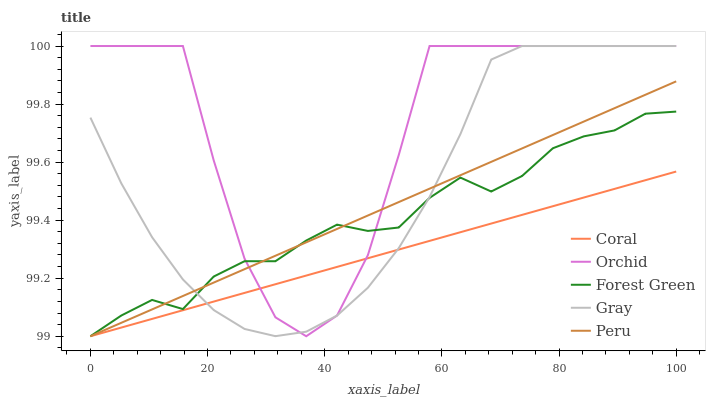
| xaxis_label | Coral | Orchid | Forest Green | Gray | Peru |
 | --- | --- | --- | --- | --- | --- |
 | 0 | 99 | 100 | 99 | 99.8 | 99 |
 | 5.26 | 99 | 100 | 99.1 | 99.5 | 99 |
 | 10.5 | 99.1 | 100 | 99.1 | 99.3 | 99.1 |
 | 15.8 | 99.1 | 100 | 99.1 | 99.2 | 99.1 |
 | 21.1 | 99.1 | 99.6 | 99.2 | 99.1 | 99.2 |
 | 26.3 | 99.1 | 99.3 | 99.3 | 99 | 99.2 |
 | 31.6 | 99.2 | 99.1 | 99.3 | 99 | 99.3 |
 | 36.8 | 99.2 | 99 | 99.3 | 99 | 99.3 |
 | 42.1 | 99.2 | 99.1 | 99.4 | 99.1 | 99.4 |
 | 47.4 | 99.3 | 99.3 | 99.4 | 99.2 | 99.4 |
 | 52.6 | 99.3 | 99.6 | 99.4 | 99.3 | 99.5 |
 | 57.9 | 99.3 | 100 | 99.5 | 99.5 | 99.5 |
 | 63.2 | 99.4 | 100 | 99.5 | 99.7 | 99.6 |
 | 68.4 | 99.4 | 100 | 99.5 | 100 | 99.6 |
 | 73.7 | 99.4 | 100 | 99.6 | 100 | 99.6 |
 | 78.9 | 99.4 | 100 | 99.6 | 100 | 99.7 |
 | 84.2 | 99.5 | 100 | 99.7 | 100 | 99.7 |
 | 89.5 | 99.5 | 100 | 99.7 | 100 | 99.8 |
 | 94.7 | 99.5 | 100 | 99.8 | 100 | 99.8 |
 | 100 | 99.6 | 100 | 99.8 | 100 | 99.9 |